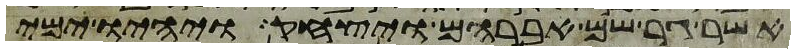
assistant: אשר גר שם אברהם ויצחק ויהיו ימי